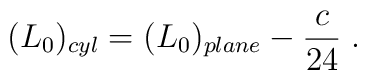
(L_{0})_{cyl}=(L_{0})_{plane}-\frac{c}{24}\;.